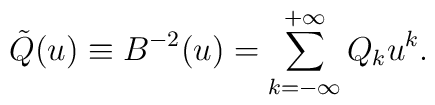
\tilde{Q}(u)\equiv B^{-2}(u)=\sum_{k=-\infty}^{+\infty} Q_k u^k.